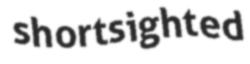
shortsighted